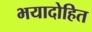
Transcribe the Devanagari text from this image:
भयादोहित